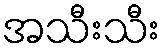
အသီးသီး